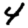
Digit: 4